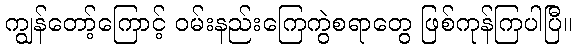
ကျွန်တော့်ကြောင့် ဝမ်းနည်းကြေကွဲစရာတွေ ဖြစ်ကုန်ကြပါပြီ။